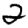
Digit: 2